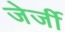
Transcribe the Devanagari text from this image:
जेर्जी